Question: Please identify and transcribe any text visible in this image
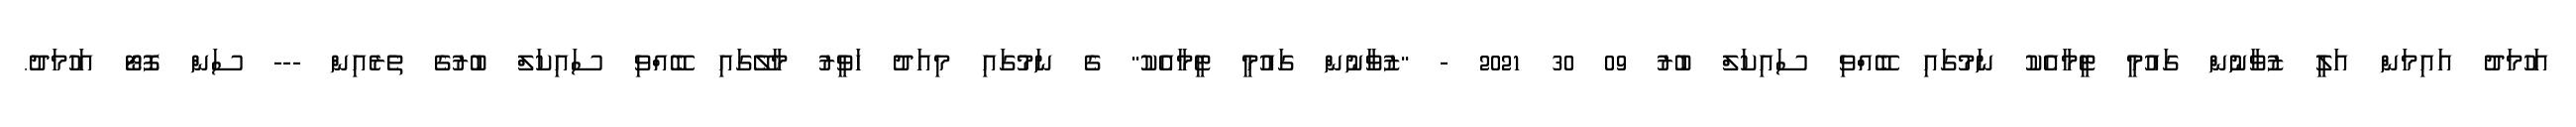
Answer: އަހުމަދު އައިމަން އަލީ ޒުވާނުން ގައުމީ ޓީމާއެކު ނަމުގައި ބޭއްވި ސައިކަލް ބުރު 09 30 2021 - "ޒުވާނުން ގައުމީ ޓީމާއެކު" ގެ ނަމުގައި މިއަދު ހަވީރު މާލޭގައި ބޭއްވި ސައިކަލް ބުރުގެ ތެރެއިން --- ސަން ފޮޓޯ އަހުމަދު.